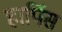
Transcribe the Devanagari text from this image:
हार्पिस